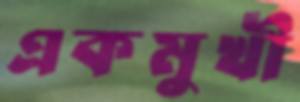
একমুখী